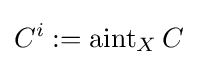
C^{i}:=\operatorname {aint} _{X}C